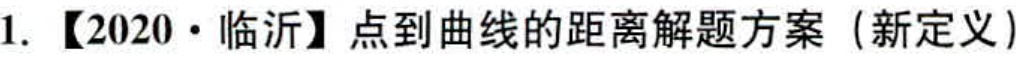
1. 【2020·临沂】点到曲线的距离解题方案（新定义）